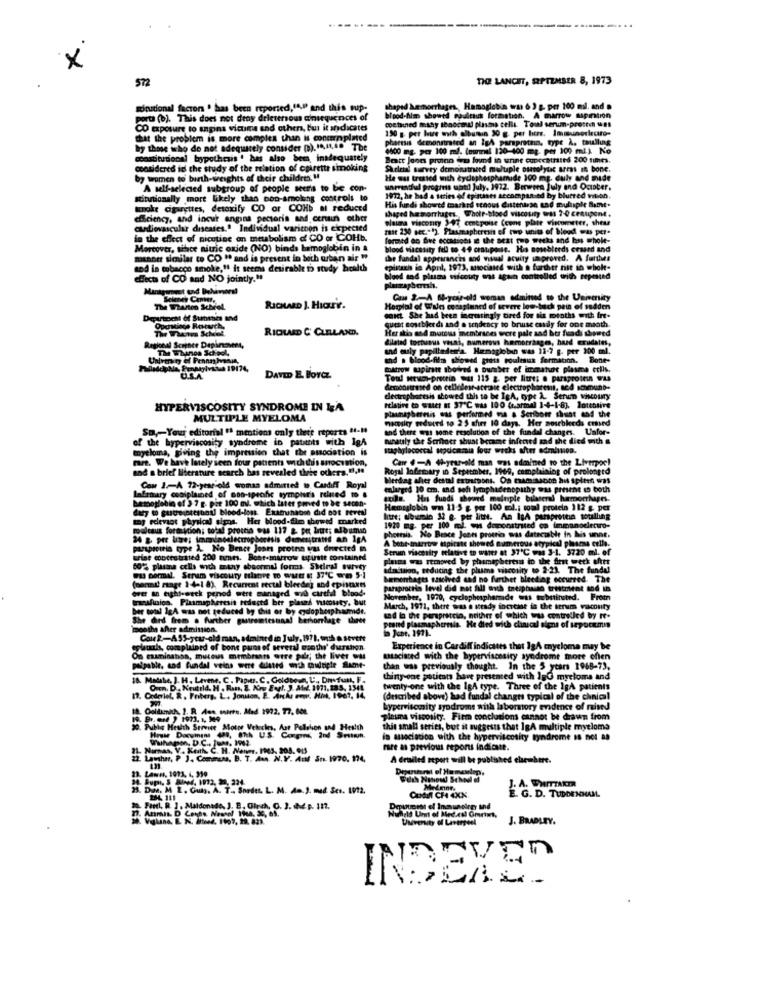
x
572
THE LANCET, SEPTEMBER 8, 1973
wirudonal factor ' has been reported,"A,I and this sup-
shape
hemorrhages. Hemoglobin was 6 3 g. per 100 mal. and .
porta (b). This does not deny drletersous consequences of
blood-him showed rouleaux formation. A marrow sapintion
cetained mahy tonocmdi plasma cells. Toral serum-prosten !!
CO exposure to engins vicuma and others, but it indicates
190 g per hue with albumin 30 g. per hers. Immunerlecito-
that the problem is more complex than is concernplated
phoresis demonstrated an Ig4 paraprotein, type À. taullung
by those who de net adequately consider (B). 14,41,6. The
4500 - >= 100 m. (eurmel 120-400 mg. per 100 ml) No
constitutional bypothesis ' has also bem, inadequately
Bett Joon procn wm found in urine conccatraits 200 times.
considered id the study of the relation of cpirette smoking
Skeletal survey demonstreed multiple outolytic areas in bone.
by women to' birth-weights of their children, "
He was treated with cyclophosphamide 100 mg. duly and made
A self-selected subgroup of people seeitis to be con-
unrrendul progress ubei July, 1972. Brewers July and October.
situtionally more likely than bon-smolang controls to
1972, he had a series of epistaes accompanied by blurred vision.
smoke cigarettes, detoxify CO or COHb al reduced
shaped hemorrhages. Whole-blood viscosity oss 7-0 centipont.
His fundi showtd marked scnous distentese and multiple Samt.
diciency, and incur angina pectoris and certain other
plauma viscosity 197 emepoise (cone plaie viscometer, these
cudiovascular diseases.º Individual varitoon is expected
rase 230 sec.""). Plasmapheresis of two imits of blood was per-
in the effect of nicotine on metabolism of CO or COHb.
forced on five occasions @ the Best two weeks and has whole-
Moreover, silace nitric oxide (NO) binds hemoglobin in &
blood viscosity fell to 44 cratiposse. His nosebleeds craard and
meant similar to CO " and is present in both urban air "
the fandal appearances and visual acuity saproved. A further
and in tobacco smoke," it seems desirable to study health
epinach in Apil, 1973, associated with a further not in whole-
effect of CO sad NO jointly."
blood and plasma viscouty was again controlled writh repeated
Caus 2 .- A SI-year-old woman admined to the University
The Wharton Scheel.
RICHARD J. HIart.
Hosplal of Wales cosaplaned of severe low back pain of sadden
Depurtocht of Sunthes and
OK She had been increasingly tired for six months with fre-
quest sostbleeds and a tendency to bruse easily for one maath.
RICHARD C' CLELAND.
Her alis and mateus membranes were pale and hur fuadi showed
dilated tortuous vouni, numerous hemorrhage, had crudates,
The ThinDa School
and ouly papilledenla. Hemoglobin was 11-7 g. per 300 ml.
and . blood-film showed press poultsus formation. Bone-
U.S.A.
moitrow mapirate sboired o burnber of immature plasma cells.
DAVID E. BOYCZ
Toul wtwo-protein mu 115 g. per litres . paraprotein was
demonstrated on cellolese-sterste electrophoresis, sed somuno-
dentrophoresis showed this to be IgA, ope À. Serum whscoury
HIPERVISCOSITY SYNDROME IN IA
relating to Watt at ST'℃ was 100 (estmal 1-4-1-83. Intensive
MULTIPLE MYELOMA
macosly reduced to 25 sher 10 days. Her sourbleeds cred
planmaybereis was performed ma a Seriborr shunt and the
So ,- Your editorial "ª mentions only thete reports tt-19
and there was some resolution of the fundal changes. Uafor-
of the hyperviscosity syndrome io patients with IgA
munsuly the Scribner shunt became infected and she died with a
myeloma, giving the impression that the association is
staphylocoscal opcicamia four wicks after edmission.
rare. We have lately seen four patients with du's sociation,
Carr .- A 4h-year-old man was admined to the Liverpor!
med to the Li
and a brief literature search has revealed three others." ,!!
Royal Infirmary in September, 1969, complaining of prolongtd
Merdag aher destal extratons. On examinacon hus spleen was
Con 2.A 72-year-old woman admitted to Cardiff Royal
enlarged 30 cm. and soft lymphadenopathy was present to both
hemoglobin of 3 7 g. pit 100 ml, which later poved to be secon-
lafrmary coniplained of son-specfic sympher's related to
cola. Hus fuedi chooned meinple bilateral hemorrhages.
Hemoglobin wm 11-5 g per 100 ml .; total protein 112 g per
my rdevast physics signs. Her Mood-film showed marked
litre; albumin 32 &. per litse. An IsA parsprotta woulling
rouleauis foraktion; total procto was 117 & pet brut; adbuman
1920 mg. per 100 ml. w doconstrated on immunodietwo-
phettsia. No Bence Jones protrio was datacable in Mis unne.
A bone marrow espirate showed numerous atypical plasma cells.
pupiciria type 2. No Bence Jones protna was driected in
Strum viscosity relative to water at 37℃ was 3-1. 3720 ml. of
wise concrstrated 200 mmes. Boat-marrow typiste contained!
plusms was removed by phomipheress in the first weck after
60%, plasma cells with many sbeormal forms Sheledd survey
admitalon, reducing the phama viscosity to 2-23. The fundal
wy bormal. Strum viscoury slanve to watr st 37℃ wm 5-1
bemenhages saschved and no further bleeding occurred. The
(permit rtage 14-18). Recurrent rectal bleedeg and epistants
over an eight-weck penod were managed wyd careful blood-
parsprocria level did not All asth treiphalso thistoient tod in
trwafinies, Plasmapheresis reduced ber plased nicosaty, but
November, 1970, cyclophospherade was tubttinited. Fromn
ber tonl IcA was not reduced by this or by edophosphamide.
March, 1971, there was a steady increase in the terum vacouty
She dird frem . further gastrentesuna! berhorlage three
sad la the paraprotein, neither of which was controlled by re-
peand plasmapheresia. He died with clinical sions of sepockmin
months after admission,
Cou 2 .- A55-year-old man, admincdin July, 1971, och asevett
eplacals, complained of bone pun of several wsothy' durchion
Experience in Cardiff indicates that IgA myeloma may be
On examinaboa, mucous membraats orre pulr; the liver wu
taciated with the hyperviscosity syndrome more ofien
palpable, and fundal veins were diated wch midtple Slamt-
than was previously thought. In the 5 years 1968-73,
JA. Madshe, J. H. Levene, C. Papit. C. Goldpose, U ., Dasfull, F.
thiny-one patients have presented with IgG myeloma and
h 15G myeloma and
Orm, D. Neutrld. H . Ran, 2. Kry Eur !. J. At2. 1971.185, 1341
twenty-one with the IgA type. Three of the IgA patients
17. Orderiel. R. Friberg. L. Jonsson, E. Anche ene. Hin, 1963, 14,
(described above) had fundal changts typical of the chnica!
hypervitomity syndrome with laboratory evidence of raised
Plasma viscosity. Firm conclusions cannot be drawn from
30. Public Health Service Mocne Velecles, Aor Pellolion and Health
this small series, but it suggests that 1gA multiple myeloma
Wuhagen, D.C ., June, 1962.
in asociation with the hyperviscosity tymdrome IS not aa
21. Nannas, V. Keith. C. H. Naiver. 1945, 304. 015
rare a previous reports indicate.
22. Lawshn, P J. Communs, B. T. Ama. N.Y. Auf Sus. 1970, 174,
A draailed report will be published elsewhere.
J. A. WHITTAKER
29. Dun. M Z. Gut). A. T .. Sordet. L. M. A.J. med. Ses. 1012.
Oudift CH 4XX.
E. G. D. TUDOENNAML
Finel, R. ]. Maldonado, J. E, Olech, C. J. (hdp. 112.
Depuuerst of Inounoire ind
J. BRADLEY.
-